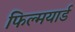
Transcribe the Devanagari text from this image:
फिल्मयार्ड